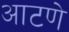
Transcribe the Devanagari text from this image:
आटणे